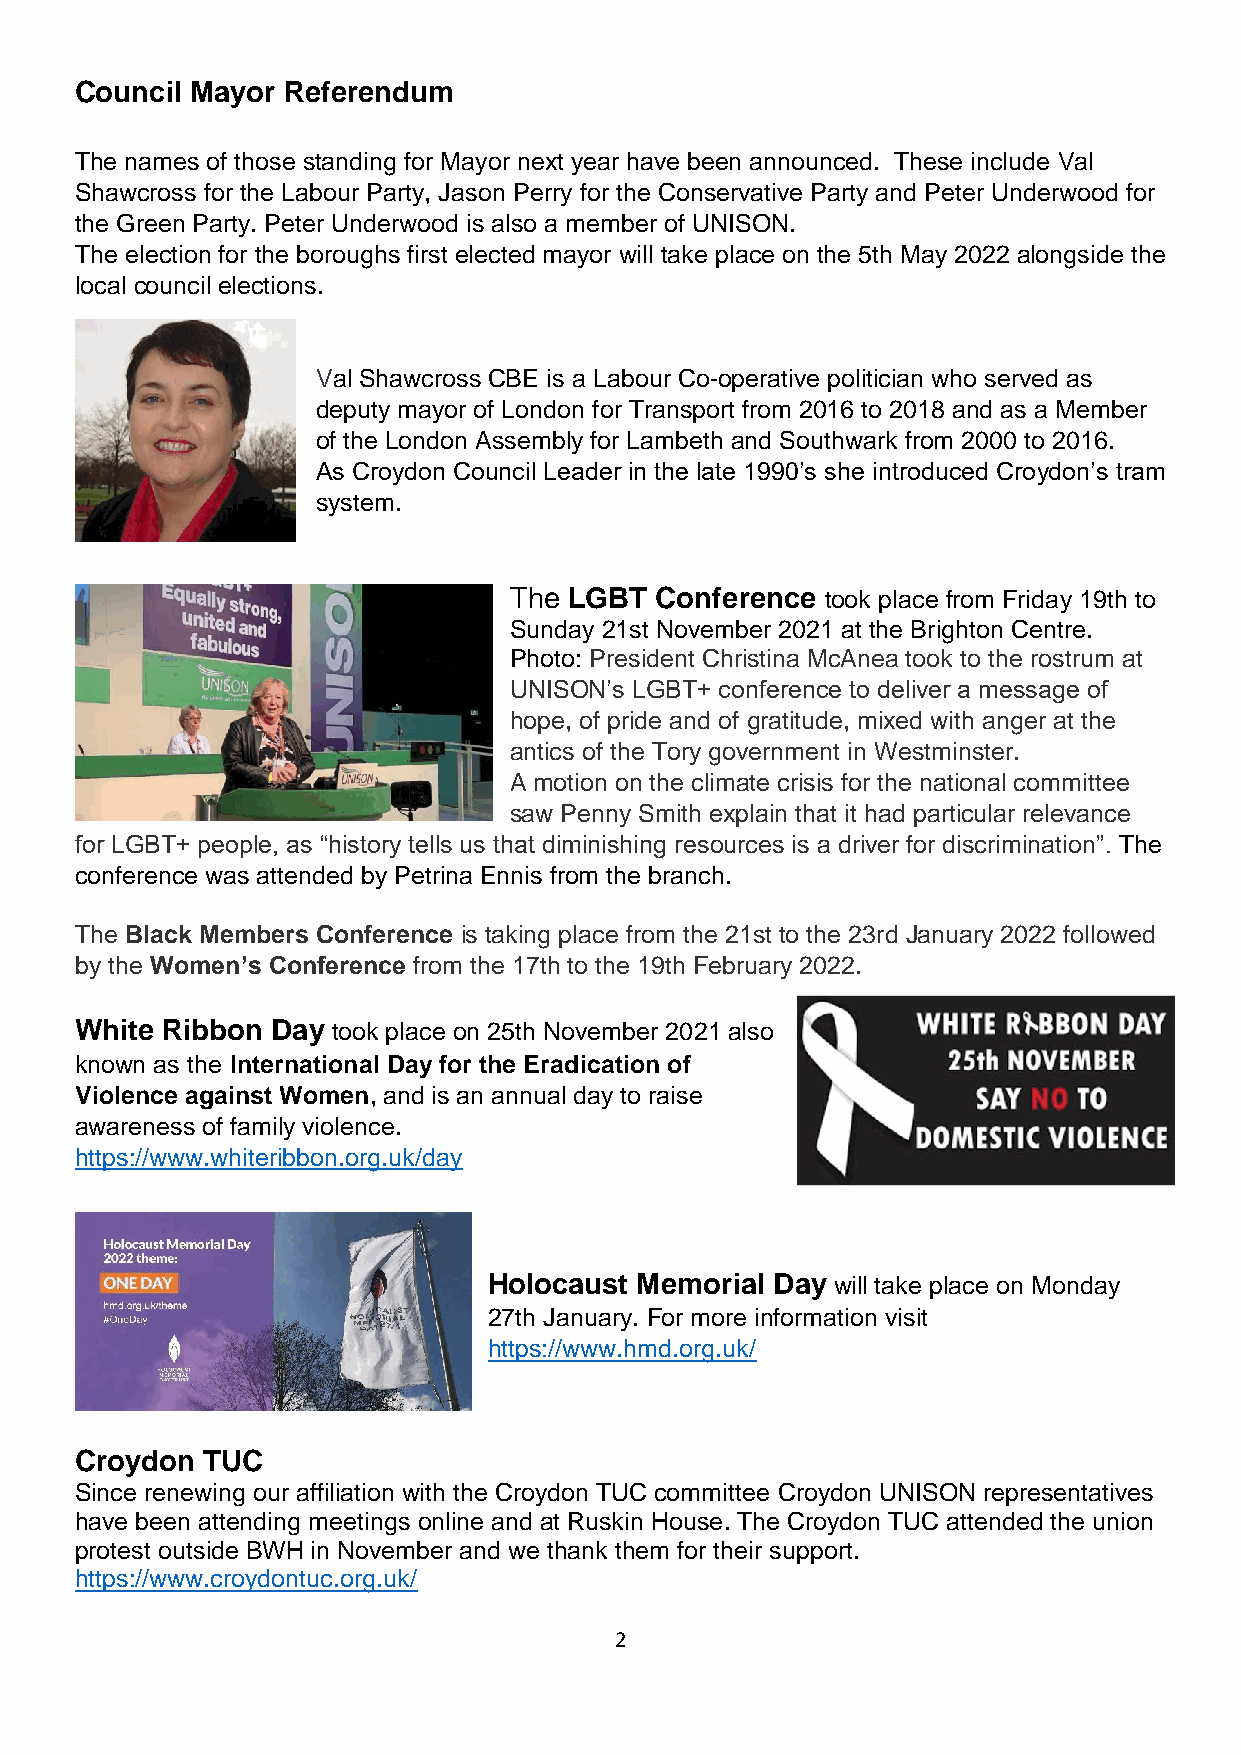
Council Mayor Referendum
 The names of those standing for Mayor next year have been announced. These include Val
 Shawcross for the Labour Party, Jason Perry for the Conservative Party and Peter Underwood for
 the Green Party. Peter Underwood is also a member of UNISON.
 The election for the boroughs first elected mayor will take place on the 5th May 2022 alongside the
 local council elections.
 Val Shawcross CBE is a Labour Co-operative politician who served as
 deputy mayor of London for Transport from 2016 to 2018 and as a Member
 of the London Assembly for Lambeth and Southwark from 2000 to 2016.
 As Croydon Council Leader in the late 1990’s she introduced Croydon’s tram
 system.
 The LGBT Conference  took place from Friday 19th to
 Sunday 21st November 2021 at the Brighton Centre.
 Photo: President Christina McAnea took to the rostrum at
 UNISON’s LGBT+ conference to deliver a message of
 hope, of pride and of gratitude, mixed with anger at the
 antics of the Tory government in Westminster.
 A motion on the climate crisis for the national committee
 saw Penny Smith explain that it had particular relevance
 for LGBT+ people, as “history tells us that diminishing resources is a driver for discrimination”. The
 conference was attended by Petrina Ennis from the branch.
 The Black Members Conference is taking place from the 21st to the 23rd January 2022 followed
 by the Women’s Conference from the 17th to the 19th February 2022.
 White Ribbon Day took place on 25th November 2021 also
 known as the International Day for the Eradication of
 Violence against Women, and is an annual day to raise
 awareness of family violence.
 https://www.whiteribbon.org.uk/day
 Holocaust Memorial Day will take place on Monday
 27th January. For more information visit
 https://www.hmd.org.uk/
 Croydon TUC
 Since renewing our affiliation with the Croydon TUC committee Croydon UNISON representatives
 have been attending meetings online and at Ruskin House. The Croydon TUC attended the union
 protest outside BWH in November and we thank them for their support.
 https://www.croydontuc.org.uk/
 2